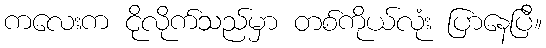
ကလေးက ငိုလိုက်သည်မှာ တစ်ကိုယ်လုံး ပြာနေပြီ။